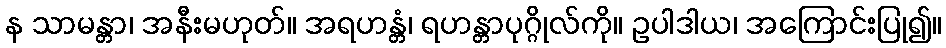
န သာမန္တာ၊ အနီးမဟုတ်။ အရဟန္တံ၊ ရဟန္တာပုဂ္ဂိုလ်ကို။ ဥပါဒါယ၊ အကြောင်းပြု၍။